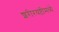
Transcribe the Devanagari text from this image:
शरीरयष्टीमध्ये